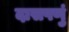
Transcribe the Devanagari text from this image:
दासपणुं